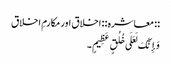
:: معاشره :: اخلاق اور مکارمِ اخلاق
وَإِنَّکَ لَعَلَی خُلُقٍ عَظِیمٍ۔